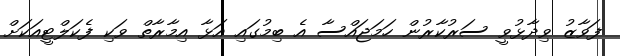
ފަވާޒު ވިދާޅުވީ ސަރުކާރުން ހަމަޖައްސާ އެ ބިމުގައި އަޅާ އިމާރާތް ވަކި ފެކަލްޓީއަކަށް